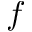
f